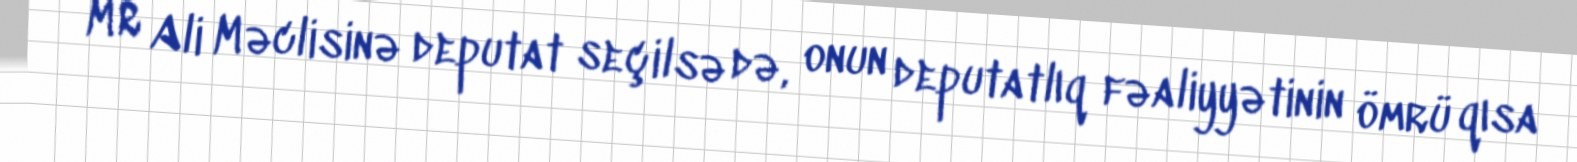
MR Ali Məclisinə deputat seçilsə də, onun deputatlıq fəaliyyətinin ömrü qısa